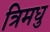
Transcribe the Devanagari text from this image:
त्रिमधु